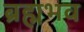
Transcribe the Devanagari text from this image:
ब्रह्मभव